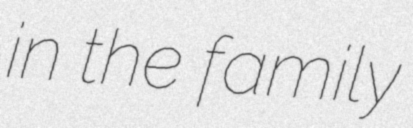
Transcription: in the family